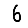
Digit: 6